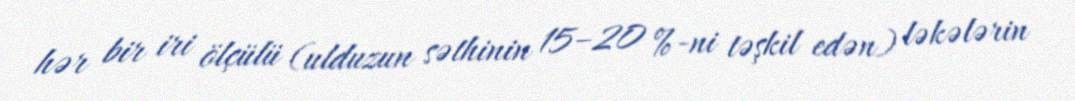
hər bir iri ölçülü (ulduzun səthinin 15–20 %-ni təşkil edən) ləkələrin